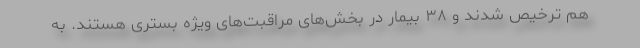
هم ترخیص شدند و ۳۸ بیمار در بخش‌های مراقبت‌های ویژه بستری هستند. به